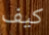
كيف